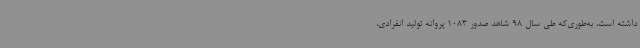
داشته است، به‌طوری‌که طی سال 98 شاهد صدور 1083 پروانه تولید انفرادی،